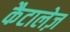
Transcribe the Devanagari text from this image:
कैटालेज़